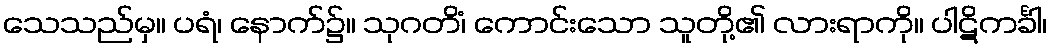
သေသည်မှ။ ပရံ၊ နောက်၌။ သုဂတိံ၊ ကောင်းသော သူတို့၏ လားရာကို။ ပါဋိကင်္ခါ၊